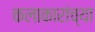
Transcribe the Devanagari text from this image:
कलाकारांच्‍या